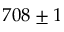
7 0 8 \pm 1